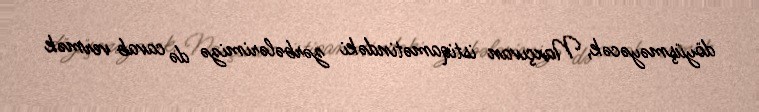
döyüşməyəcək, Naxçıvan istiqamətindəki zərbələrimizə də cavab vermək